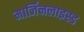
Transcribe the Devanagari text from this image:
मार्जिनलाइस्ड